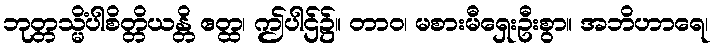
ဘုတ္တသ္မိံပါစိတ္တိယန္တိ ဧတ္ထ၊ ဤပါဌ်၌။ တာဝ၊ မစားမီရှေးဦးစွာ။ အဘိဟာရေ၊